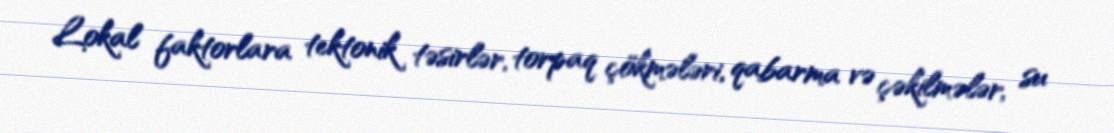
Lokal faktorlara tektonik təsirlər, torpaq çökmələri, qabarma və çəkilmələr, su